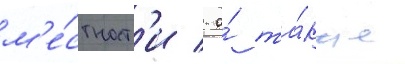
м'е́стност'и / а́ та́кже